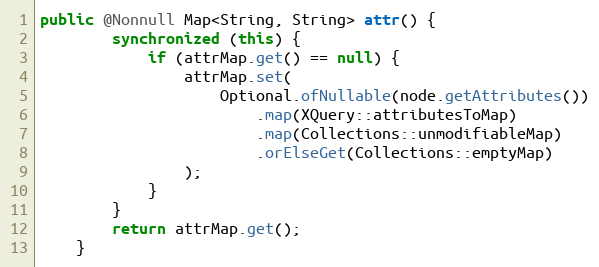
Language: Java
public @Nonnull Map<String, String> attr() {
        synchronized (this) {
            if (attrMap.get() == null) {
                attrMap.set(
                    Optional.ofNullable(node.getAttributes())
                        .map(XQuery::attributesToMap)
                        .map(Collections::unmodifiableMap)
                        .orElseGet(Collections::emptyMap)
                );
            }
        }
        return attrMap.get();
    }